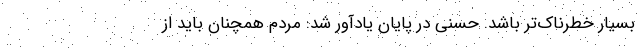
بسیار خطرناک‌تر باشد. حسنی در پایان یادآور شد: مردم همچنان باید از